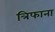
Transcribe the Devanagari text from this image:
त्रिफाना